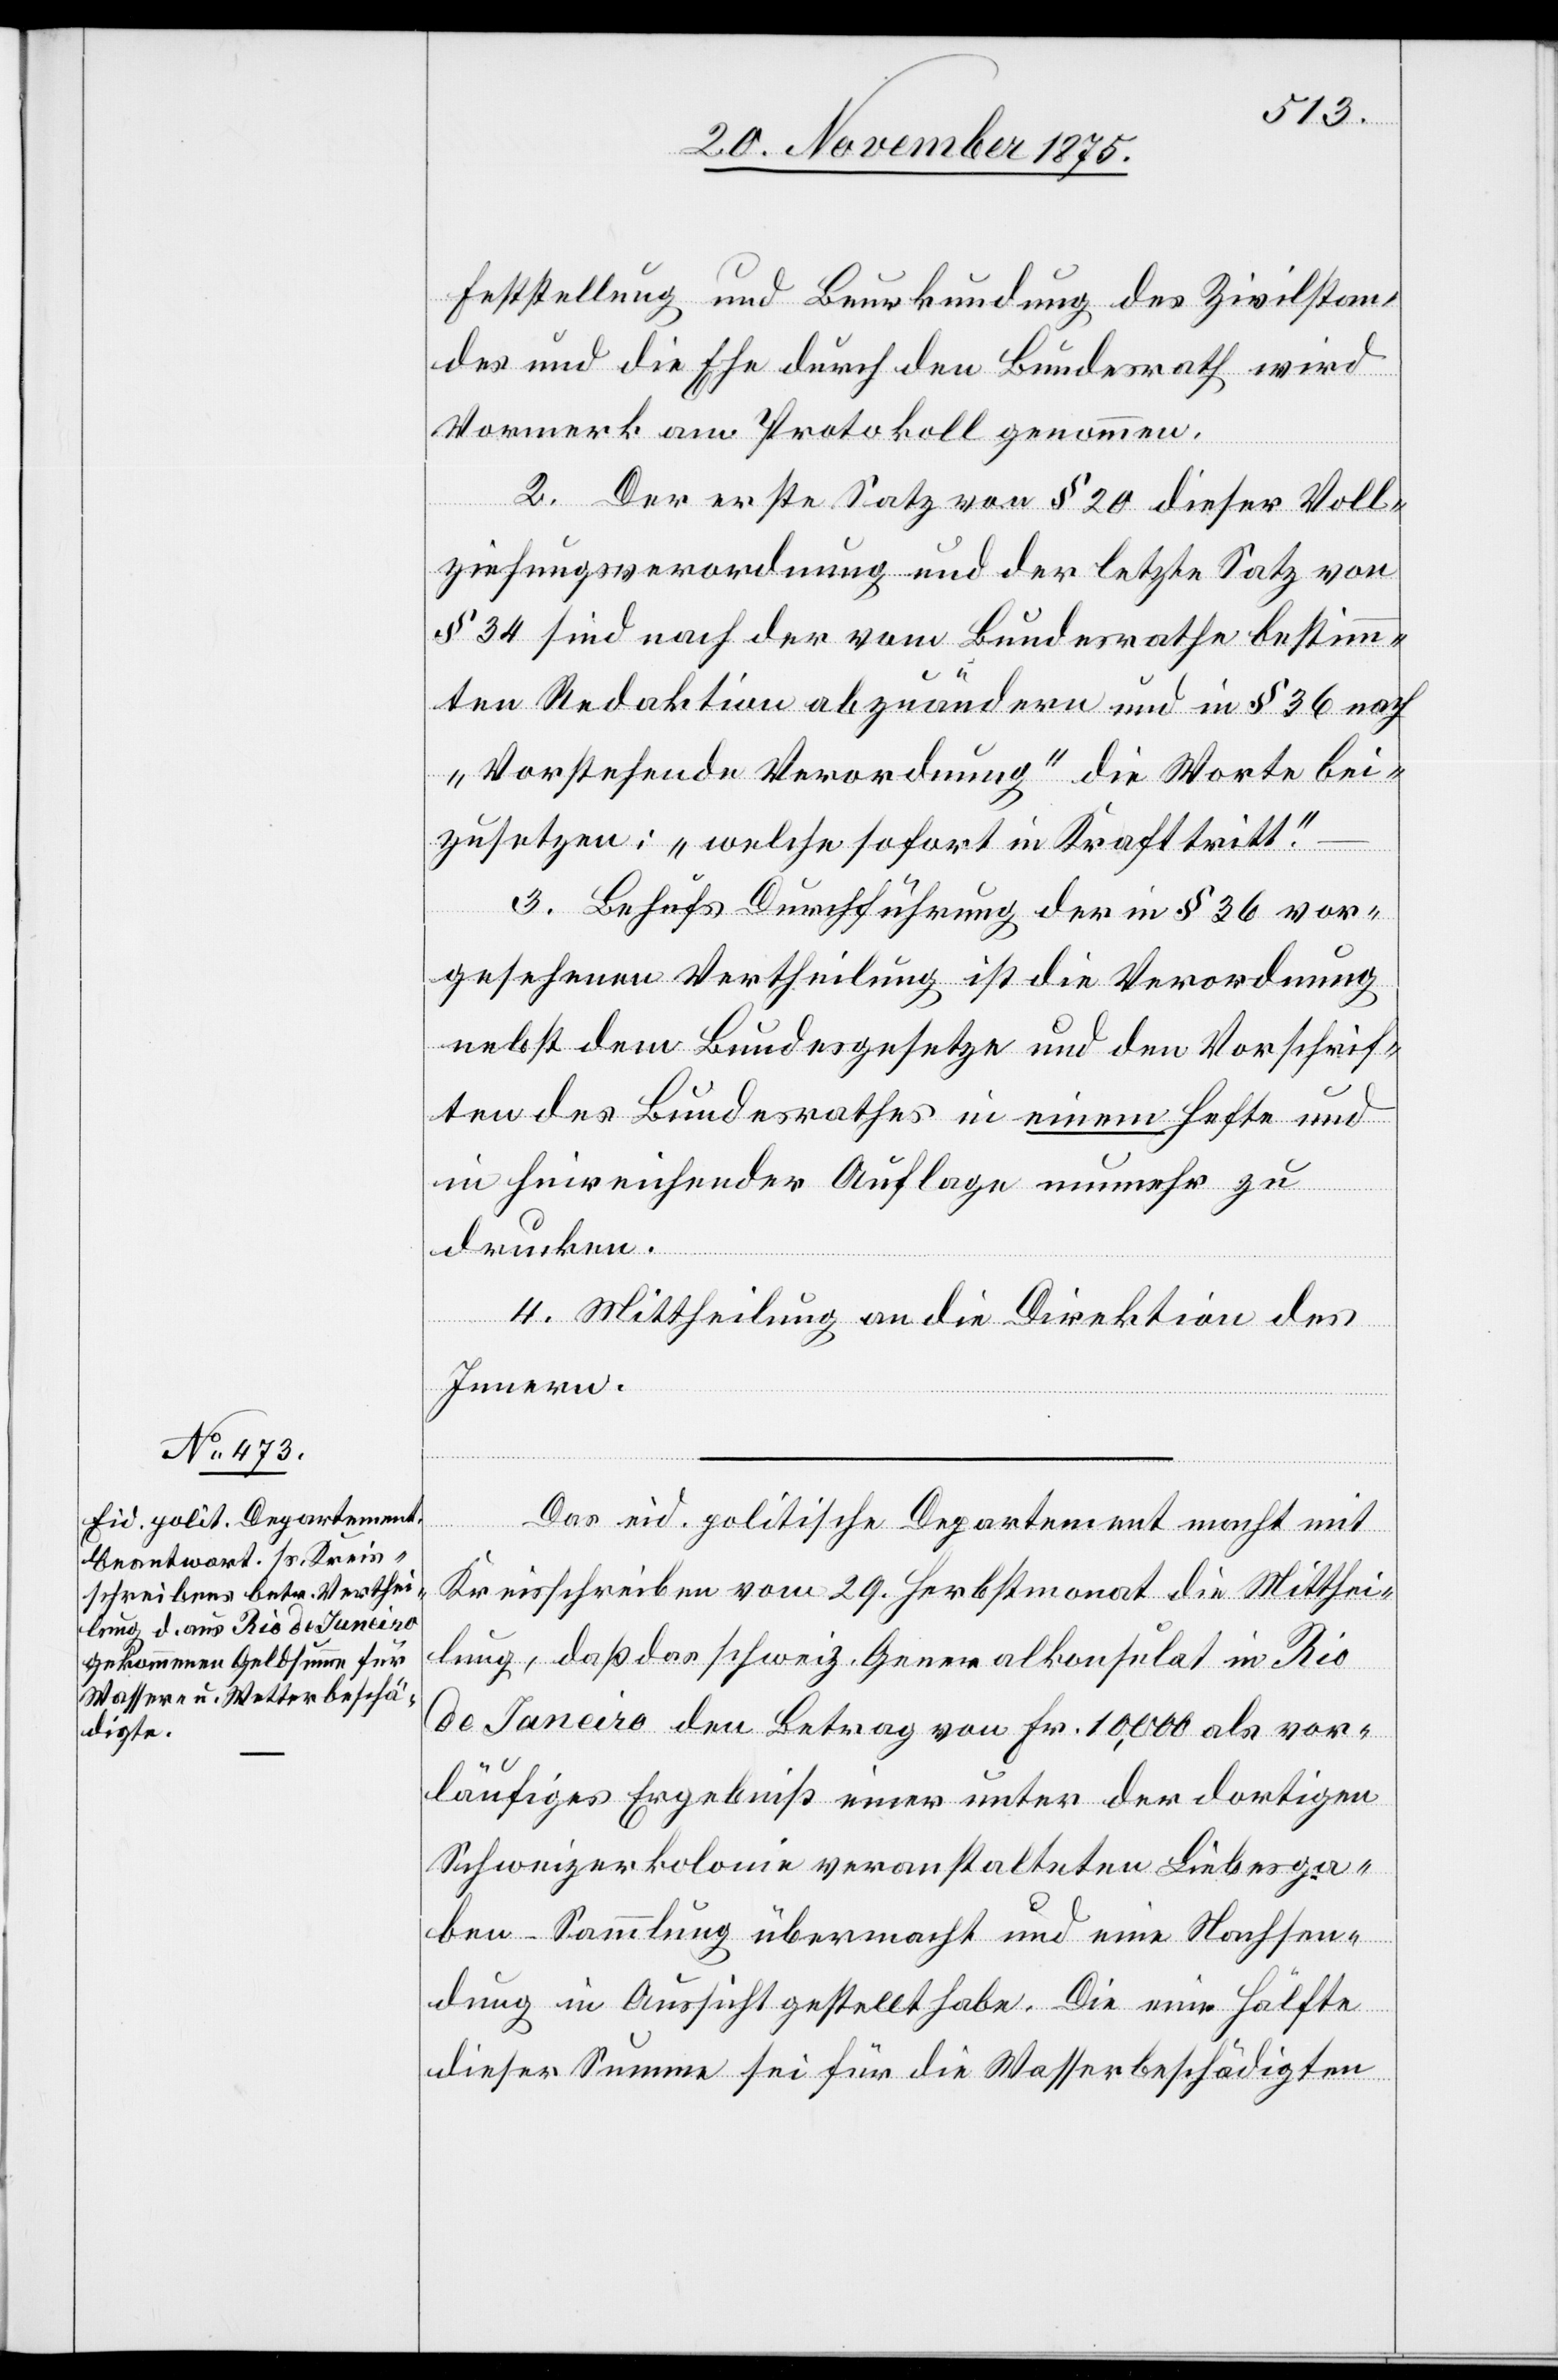
Feststellung und Beurkundung des Zivilstan¬
des und die Ehe durch den Bundesrath wird
Vormerk am Protokoll genommen.
2. Der erste Satz von § 20 dieser Voll¬
ziehungsverordnung und der letzte Satz von
§ 34 sind nach der vom Bundesrathe bestimm¬
ten Redaktion abzuändern und in § 36 nach
„Vorstehende Verordnung“ die Worte bei¬
zusetzen: „welche sofort in Kraft tritt“.
3. Behufs Durchführung der in § 36 vor¬
gesehenen Vertheilung ist die Verordnung
nebst dem Bundesgesetze und den Vorschrif¬
ten des Bundesrathes in einem Hefte und
in hinreichender Auflage nunmehr zu
drucken.
4. Mittheilung an die Direktion des
Innern.
Das eid. politische Departement macht mit
Kreisschreiben vom 29. Herbstmonat die Mitthei¬
lung, daß das schweiz. Generalkonsulat in Rio
de Janeiro den Betrag von Fr. 10,000 als vor¬
läufiges Ergebniß einer unter der dortigen
Schweizerkolonie veranstalteten Liebesga¬
ben-Sammlung übermacht und eine Nachsen¬
dung in Aussicht gestellt habe. Die eine Hälfte
dieser Summe sei für die Wetterbeschädigten